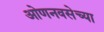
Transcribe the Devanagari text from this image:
ओणनवसेच्या